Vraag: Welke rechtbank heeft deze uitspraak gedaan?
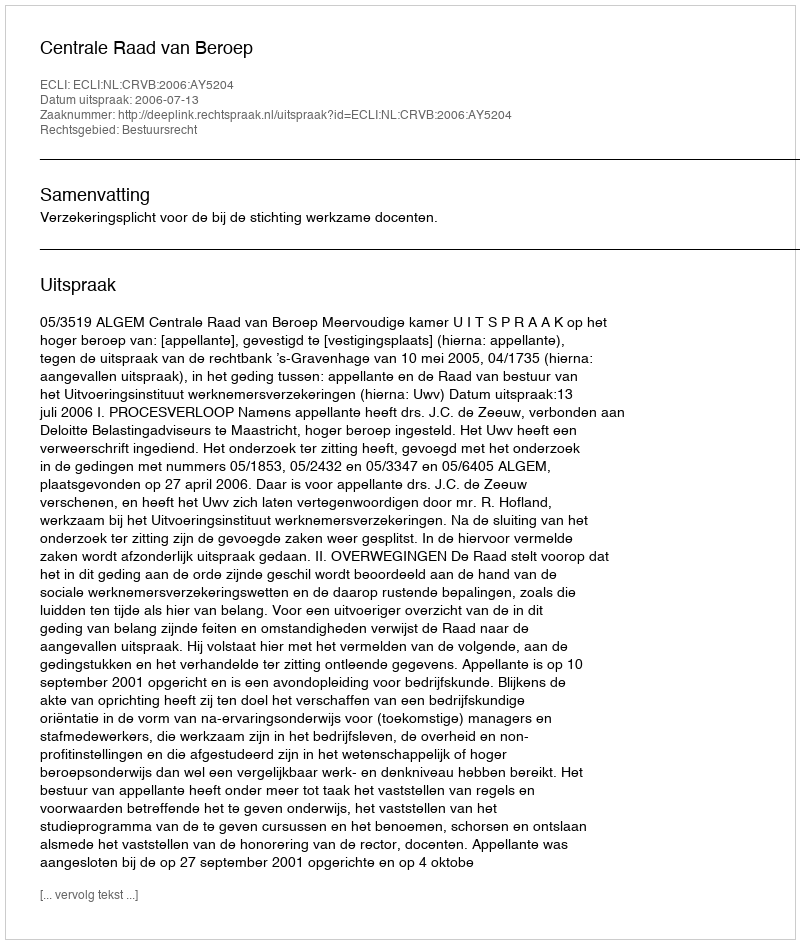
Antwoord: Centrale Raad van Beroep